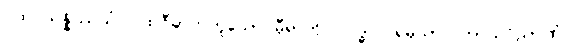
ပထဝိသန္နိဿယံ၊ ပထဝီဓာတ်ဟူသော မှီရာကို။ လဒ္ဓါဝ၊ ရမှသာ။ ကာယဝိညာဏံ၊